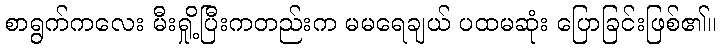
စာရွက်ကလေး မီးရှို့ပြီးကတည်းက မမရေချယ် ပထမဆုံး ပြောခြင်းဖြစ်၏။